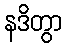
နဒိတွာ